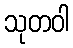
သုတဝါ